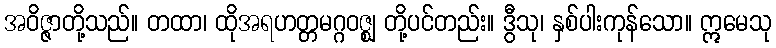
အဝိဇ္ဇာတို့သည်။ တထာ၊ ထိုအရဟတ္တမဂ္ဂဝဇ္ဈ တို့ပင်တည်း။ ဒွီသု၊ နှစ်ပါးကုန်သော။ ဣမေသု